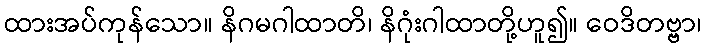
ထားအပ်ကုန်သော။ နိဂမဂါထာတိ၊ နိဂုံးဂါထာတို့ဟူ၍။ ဝေဒိတဗ္ဗာ၊